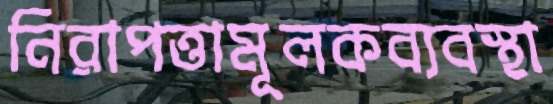
নিরাপত্তামূলকব্যবস্থা